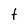
Character: f